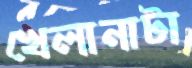
খেলানাটা